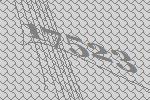
17523